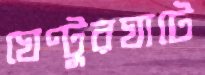
ঘেণ্টুরঘাটে